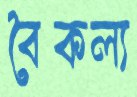
বৈকল্য